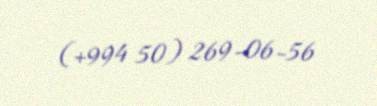
(+994 50) 269-06-56